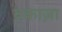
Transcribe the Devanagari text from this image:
तकाज़ा